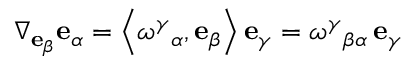
\nabla _ { \mathbf { e } _ { \beta } } \mathbf { e } _ { \alpha } = \left\langle \omega ^ { \gamma } { } _ { \alpha } , \mathbf { e } _ { \beta } \right\rangle \mathbf { e } _ { \gamma } = \omega ^ { \gamma } { } _ { \beta \alpha } \, \mathbf { e } _ { \gamma }